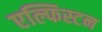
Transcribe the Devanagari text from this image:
एल्फिस्टन